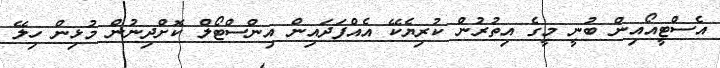
އެސްޓީއޯއިން ބުނީ މީގެ އިތުރުން ކުރިޔެކޭ އެއްފަދައިން އިންސްޓޯލް ކޮށްދިނުން މުޅިން ހިލޭ